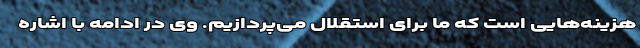
هزینه‌هایی است که ما برای استقلال می‌پردازیم. وی در ادامه با اشاره